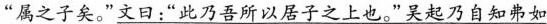
“属之子矣。”文曰：“此乃吾所以居子之上也。”吴起乃自知弗如